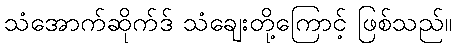
သံအောက်ဆိုက်ဒ် သံချေးတို့ကြောင့် ဖြစ်သည်။